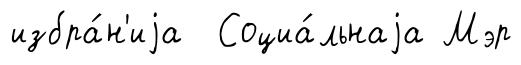
избра́н'иjа Социа́льнаjа Мэр